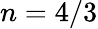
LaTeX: n=4/3